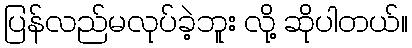
ပြန်လည်မလုပ်ခဲ့ဘူး လို့ ဆိုပါတယ်။